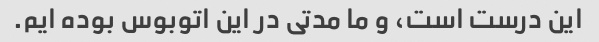
این درست است، و ما مدتی در این اتوبوس بوده ایم.